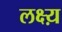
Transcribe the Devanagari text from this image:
लक्ष्य़